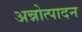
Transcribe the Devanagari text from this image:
अन्नोत्पादन